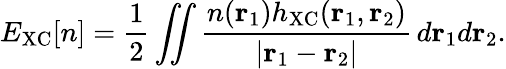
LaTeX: E_{\mathrm{XC}}[n]=\frac{1}{2}\iint\frac{n(\mathbf{r}_{1})h_{\mathrm{XC}}(\mathbf{r}_{1},\mathbf{r}_{2})}{\left|\mathbf{r}_{1}-\mathbf{r}_{2}\right|}\, d\mathbf{r}_{1}d\mathbf{r}_{2}.